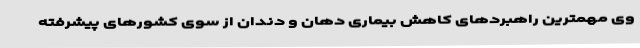
وی مهمترین راهبردهای کاهش بیماری دهان و دندان از سوی کشورهای پیشرفته